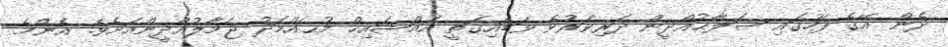
ދެން އޭގެ ފަހުގައި ޞަލާޙުއްދީން ދަރިވަރުވެ ވަޑައިގަތީ އައްޝައިޚް މުޙައްމަދު ޖަމާލުއްދީންއަށެވެ. އެންމެ